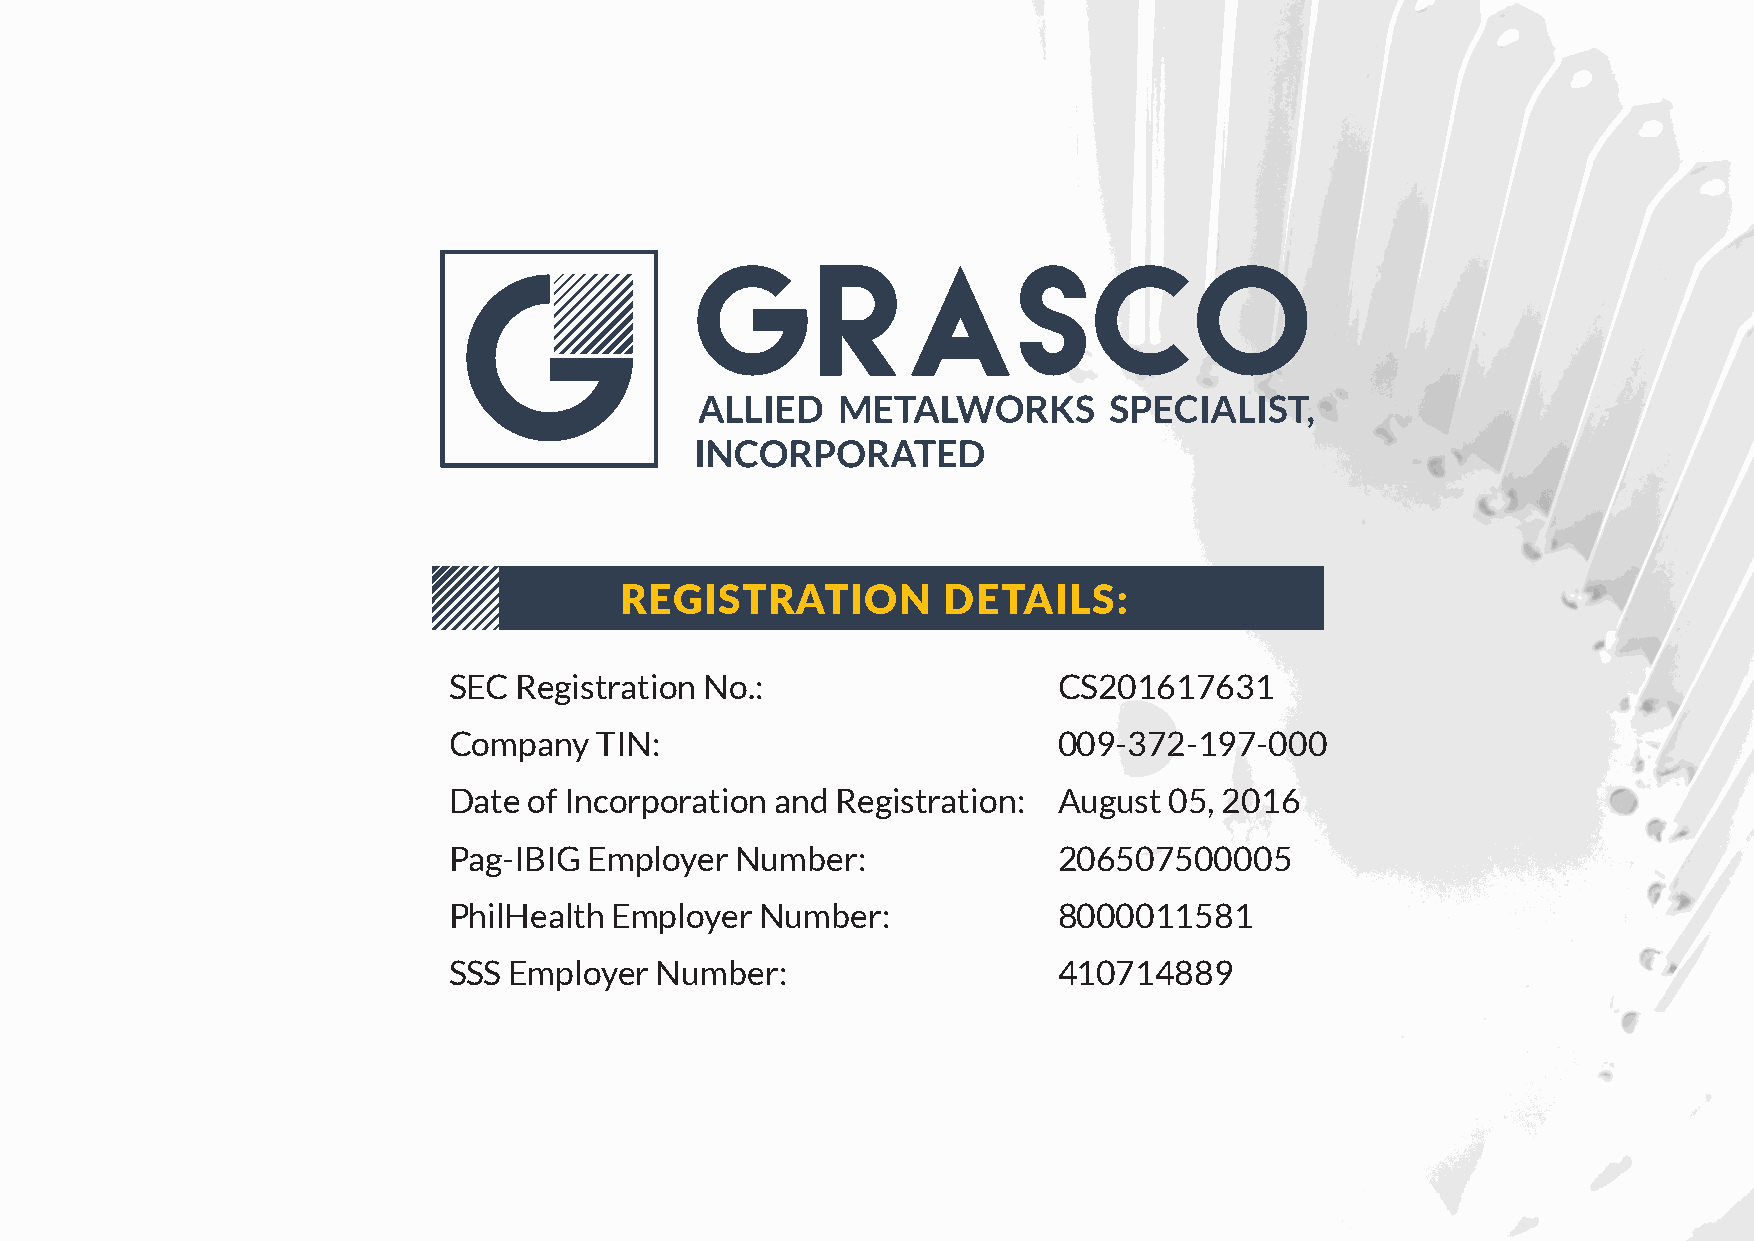
REGISTRATION         DETAILS:
 SEC Registration No.:                   CS201617631
 Company  TIN:                           009-372-197-000
 Date of Incorporation and Registration: August 05, 2016
 Pag-IBIG Employer  Number:              206507500005
 PhilHealth Employer Number:             8000011581
 SSS Employer Number:                    410714889